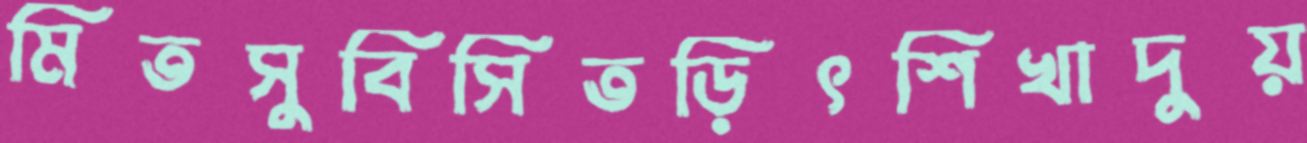
মিতসুবিসিতড়িৎশিখাদুয়